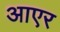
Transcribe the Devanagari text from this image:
आएर